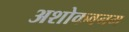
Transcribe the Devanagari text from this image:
अशोकवनम